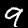
Digit: 9